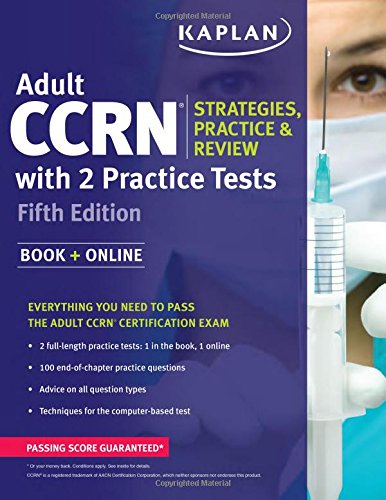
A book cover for Adult CCRN Strategies, Practice, and Review with 2 Practice Tests (Kaplan Test Prep); Kaplan; Test Preparation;